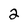
Character: 2